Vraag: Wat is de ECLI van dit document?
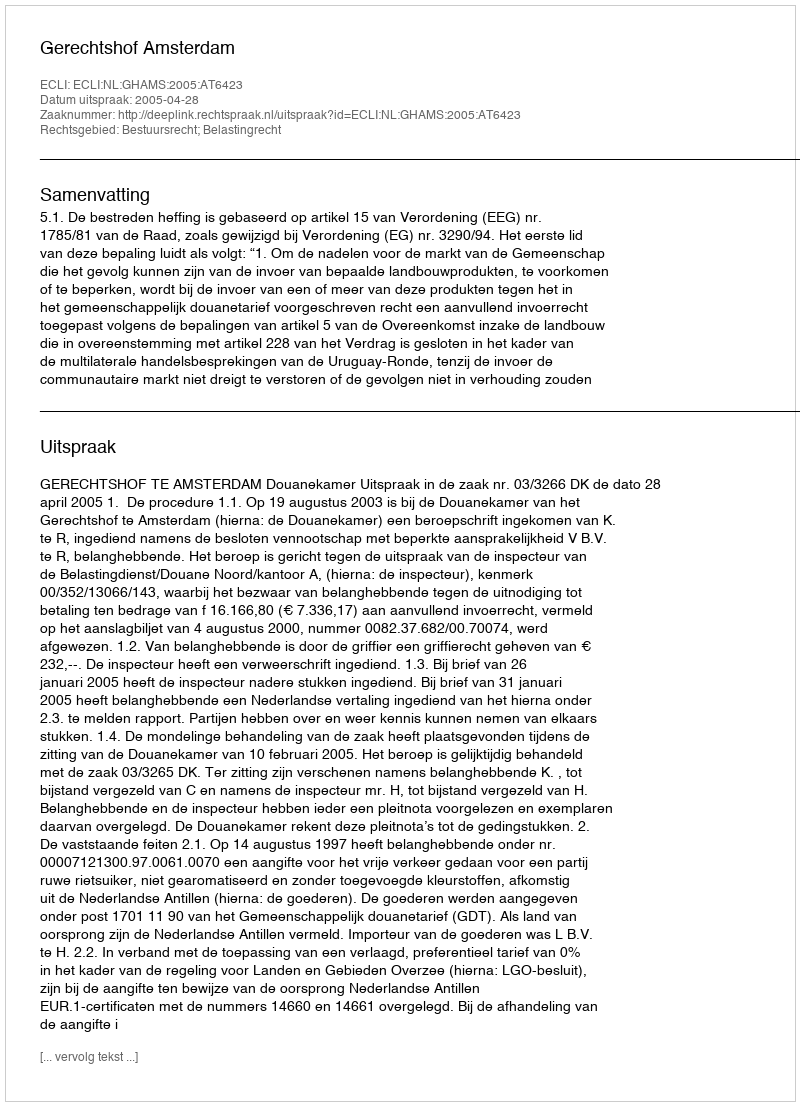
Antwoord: ECLI:NL:GHAMS:2005:AT6423